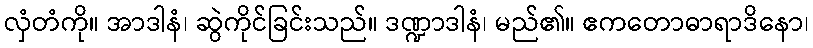
လှံတံကို။ အာဒါနံ၊ ဆွဲကိုင်ခြင်းသည်။ ဒဏ္ဍာဒါနံ၊ မည်၏။ ဧကတောဓာရာဒိနော၊